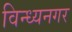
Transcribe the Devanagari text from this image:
विन्ध्यनगर